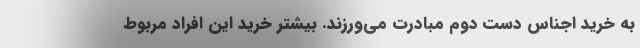
به خرید اجناس دست دوم مبادرت می‌ورزند. بیشتر خرید این افراد مربوط